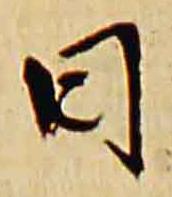
日